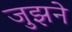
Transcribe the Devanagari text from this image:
जुझने